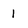
Character: 1